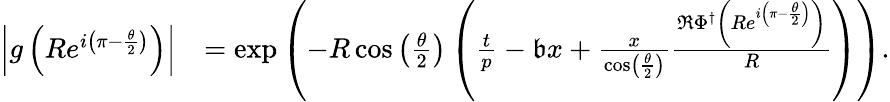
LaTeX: \begin{array}{rl}{\left|g\left(Re^{i\left(\pi-\frac{\theta}{2}\right)}\right)\right|}&{=\exp\left(-R\cos\left(\frac{\theta}{2}\right)\left(\frac{t}{p}-\mathfrak{b}x+\frac{x}{\cos\left(\frac{\theta}{2}\right)}\frac{\Re\Phi^{\dagger}\left(Re^{i\left(\pi-\frac{\theta}{2}\right)}\right)}{R}\right)\right).}\end{array}